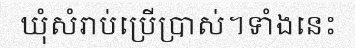
ឃុំសំរាប់ប្រើប្រាស់។ទាំងនេះ